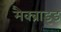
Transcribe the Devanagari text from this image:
मैक्ब्राइड